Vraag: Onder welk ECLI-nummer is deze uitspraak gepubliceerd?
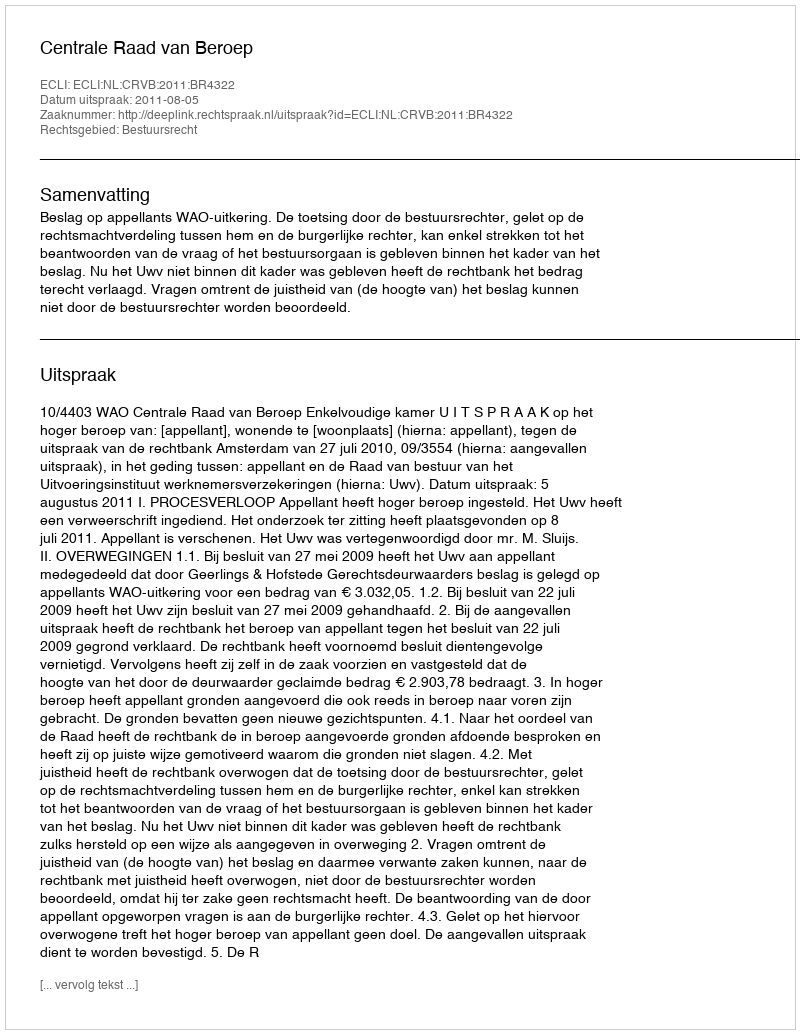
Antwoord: ECLI:NL:CRVB:2011:BR4322